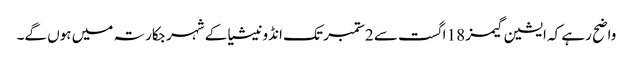
واضح رہے کہ ایشین گیمز 18 اگست سے 2ستمبر تک انڈونیشیا کے شہر جکارتہ میں ہوں گے۔